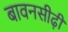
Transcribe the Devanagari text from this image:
बावनसीढ़ी